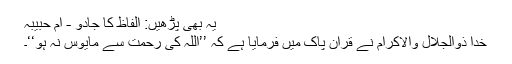
یہ بھی پڑھیں: الفاظ کا جادو - ام حبیبہ
خدا ذوالجلال والاکرام نے قرآن پاک میں فرمایا ہے کہ ’’اللہ کی رحمت سے مایوس نہ ہو‘‘۔